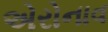
એરોનાવ